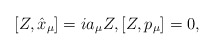
\begin{gather*}[Z,\hat{x}_\mu]=ia_\mu Z,[Z,p_\mu]=0,\end{gather*}